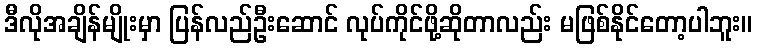
ဒီလိုအချိန်မျိုးမှာ ပြန်လည်ဦးဆောင် လုပ်ကိုင်ဖို့ဆိုတာလည်း မဖြစ်နိုင်တော့ပါဘူး။